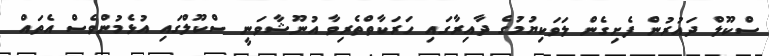
ސްކޫލް ދައުރުން ފެށިގެން ލަވަކިޔުމުގެ ދާއިރާގައި ހަރަކާތްތެރިވާ އުނޫޝާވަނީ ސްކޫލްގައި އުޅެމުންވެސް އެތައް